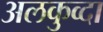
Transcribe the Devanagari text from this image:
अलकुव्दा